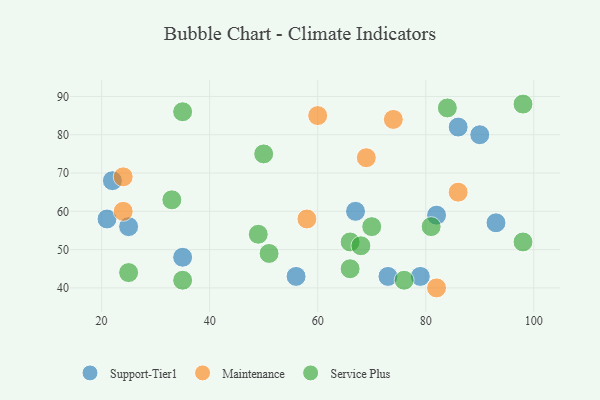
{"axis": {"x": "GDP", "y": "Life Expectancy"}, "legend": ["Maintenance", "Service Plus", "Support-Tier1"], "data": [{"x": "82", "y": 59, "type": "Support-Tier1"}, {"x": "35", "y": 48, "type": "Support-Tier1"}, {"x": "67", "y": 60, "type": "Support-Tier1"}, {"x": "25", "y": 56, "type": "Support-Tier1"}, {"x": "86", "y": 82, "type": "Support-Tier1"}, {"x": "56", "y": 43, "type": "Support-Tier1"}, {"x": "79", "y": 43, "type": "Support-Tier1"}, {"x": "22", "y": 68, "type": "Support-Tier1"}, {"x": "93", "y": 57, "type": "Support-Tier1"}, {"x": "90", "y": 80, "type": "Support-Tier1"}, {"x": "73", "y": 43, "type": "Support-Tier1"}, {"x": "21", "y": 58, "type": "Support-Tier1"}, {"x": "86", "y": 65, "type": "Maintenance"}, {"x": "24", "y": 69, "type": "Maintenance"}, {"x": "69", "y": 74, "type": "Maintenance"}, {"x": "74", "y": 84, "type": "Maintenance"}, {"x": "60", "y": 85, "type": "Maintenance"}, {"x": "24", "y": 60, "type": "Maintenance"}, {"x": "82", "y": 40, "type": "Maintenance"}, {"x": "58", "y": 58, "type": "Maintenance"}, {"x": "51", "y": 49, "type": "Service Plus"}, {"x": "66", "y": 52, "type": "Service Plus"}, {"x": "98", "y": 88, "type": "Service Plus"}, {"x": "50", "y": 75, "type": "Service Plus"}, {"x": "25", "y": 44, "type": "Service Plus"}, {"x": "68", "y": 51, "type": "Service Plus"}, {"x": "66", "y": 45, "type": "Service Plus"}, {"x": "84", "y": 87, "type": "Service Plus"}, {"x": "76", "y": 42, "type": "Service Plus"}, {"x": "33", "y": 63, "type": "Service Plus"}, {"x": "35", "y": 42, "type": "Service Plus"}, {"x": "98", "y": 52, "type": "Service Plus"}, {"x": "35", "y": 86, "type": "Service Plus"}, {"x": "49", "y": 54, "type": "Service Plus"}, {"x": "70", "y": 56, "type": "Service Plus"}, {"x": "81", "y": 56, "type": "Service Plus"}]}